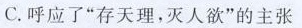
C.呼应了”存天理，灭人欲”的主张